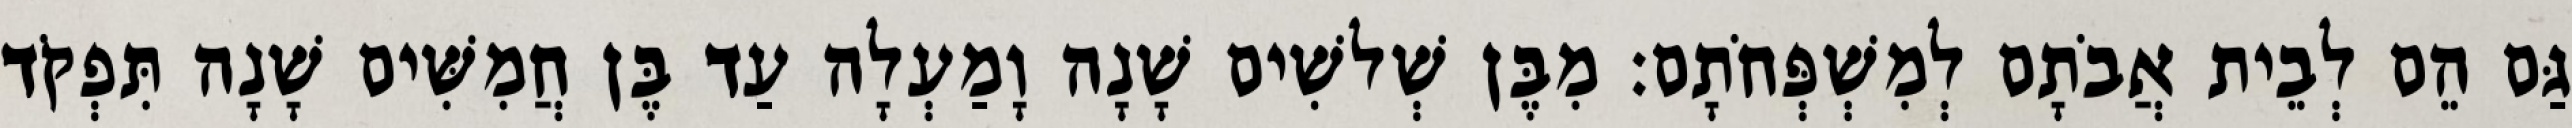
גַּם הֵם לְבֵית אֲבֹתָם לְמִשְׁפְּחֹתָם׃ מִבֶּן שְׁלשִׁים שָׁנָה וָמַעְלָה עַד בֶּן חֲמִשִּׁים שָׁנָה תִּפְקֹד